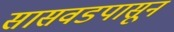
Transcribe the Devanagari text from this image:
सासवडपासून